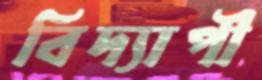
বিদ্যাপী